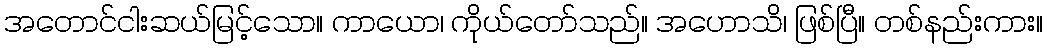
အတောင်ငါးဆယ်မြင့်သော။ ကာယော၊ ကိုယ်တော်သည်။ အဟောသိ၊ ဖြစ်ပြီ။ တစ်နည်းကား။